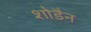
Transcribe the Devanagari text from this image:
शोडैन